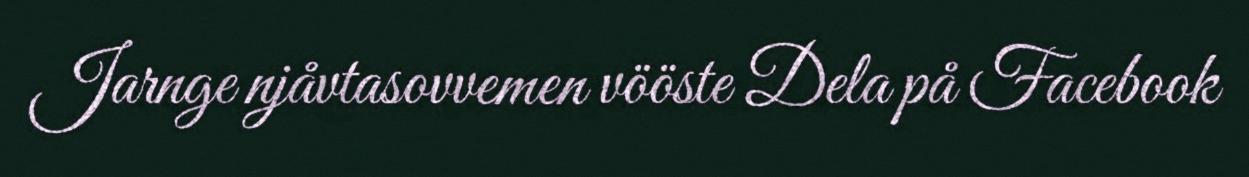
Jarnge njåvtasovvemen vööste Dela på Facebook